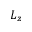
L _ { z }